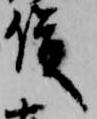
俊